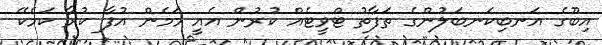
އިބޫގެ އަނބިކަނބަލުންގެ ތަފާތު ޓްވީޓެއް ކުރުން އެއީ މަމެން އުފާ ކުރާ ކަމެކޭ